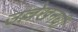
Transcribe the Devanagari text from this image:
उल्लेखनयी